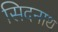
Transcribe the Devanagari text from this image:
सिदनाथ